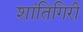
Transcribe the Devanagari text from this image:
शांतिगिरी